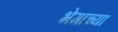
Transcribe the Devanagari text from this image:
भेगाच्या